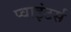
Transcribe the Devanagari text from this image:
प्वाइंटर्स